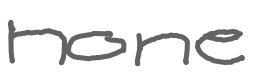
Text: none
Cross-out: clean
Writing tool: digital_gray